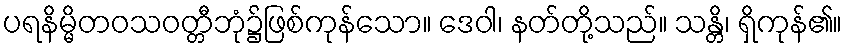
ပရနိမ္မိတဝသဝတ္တီဘုံ၌ဖြစ်ကုန်သော။ ဒေဝါ၊ နတ်တို့သည်။ သန္တိ၊ ရှိကုန်၏။